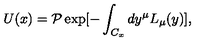
U ( x ) = { \cal P } \exp [ - \int _ { C _ { x } } d y ^ { \mu } L _ { \mu } ( y ) ] ,